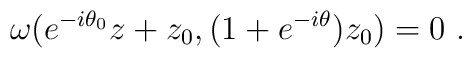
\omega(e^{-i\theta_0}z + z_0, (1 + e^{-i\theta})z_0) = 0~.